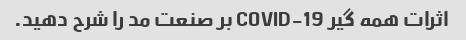
اثرات همه گیر COVID-19 بر صنعت مد را شرح دهید.